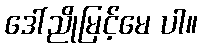
ဒေါ်ညိုမြင့်မေ ပါ။